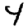
Digit: 4